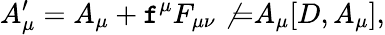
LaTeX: A_{\mu}^{\prime}=A_{\mu}+\mathtt{f}^{\mu}F_{\mu\nu}\not{=}A_{\mu}[D,A_{\mu}],